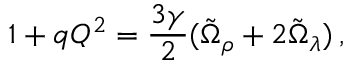
1 + q Q ^ { 2 } = \frac { 3 \gamma } { 2 } ( \tilde { \Omega } _ { \rho } + 2 \tilde { \Omega } _ { \lambda } ) \, ,